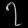
Digit: ၇